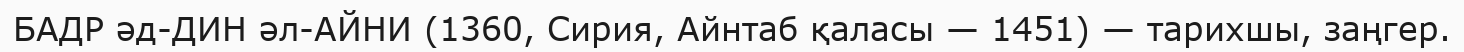
БАДР әд-ДИН әл-АЙНИ (1360, Сирия, Айнтаб қаласы — 1451) — тарихшы, заңгер.